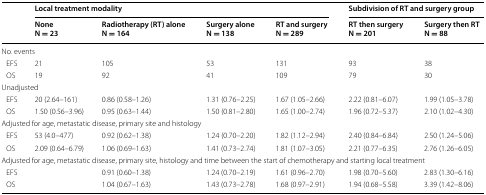
<table><thead><tr><td rowspan="2"></td><td colspan="4"><b>Local treatment modality</b></td><td colspan="2"><b>Subdivision of RT and surgery group</b></td></tr><tr><td><b>NoneN = 23</b></td><td><b>Radiotherapy (RT) aloneN = 164</b></td><td><b>Surgery aloneN = 138</b></td><td><b>RT and surgeryN = 289</b></td><td><b>RT then surgeryN = 201</b></td><td><b>Surgery then RTN = 88</b></td></tr></thead><tbody><tr><td colspan="7">No. events</td></tr><tr><td> EFS</td><td>21</td><td>105</td><td>53</td><td>131</td><td>93</td><td>38</td></tr><tr><td> OS</td><td>19</td><td>92</td><td>41</td><td>109</td><td>79</td><td>30</td></tr><tr><td colspan="7">Unadjusted</td></tr><tr><td> EFS</td><td>20 (2.64–161)</td><td>0.86 (0.58–1.26)</td><td>1.31 (0.76–2.25)</td><td>1.67 (1.05–2.66)</td><td>2.22 (0.81–6.07)</td><td>1.99 (1.05–3.78)</td></tr><tr><td> OS</td><td>1.50 (0.56–3.96)</td><td>0.95 (0.63–1.44)</td><td>1.50 (0.81–2.80)</td><td>1.65 (1.00–2.74)</td><td>1.96 (0.72–5.37)</td><td>2.10 (1.02–4.30)</td></tr><tr><td colspan="7">Adjusted for age, metastatic disease, primary site and histology</td></tr><tr><td> EFS</td><td>53 (4.0–477)</td><td>0.92 (0.62–1.38)</td><td>1.24 (0.70–2.20)</td><td>1.82 (1.12–2.94)</td><td>2.40 (0.84–6.84)</td><td>2.50 (1.24–5.06)</td></tr><tr><td> OS</td><td>2.09 (0.64–6.79)</td><td>1.06 (0.69–1.63)</td><td>1.41 (0.73–2.74)</td><td>1.81 (1.07–3.05)</td><td>2.21 (0.77–6.35)</td><td>2.76 (1.26–6.05)</td></tr><tr><td colspan="7">Adjusted for age, metastatic disease, primary site, histology and time between the start of chemotherapy and starting local treatment</td></tr><tr><td> EFS</td><td></td><td>0.91 (0.60–1.38)</td><td>1.24 (0.70–2.19)</td><td>1.61 (0.96–2.70)</td><td>1.98 (0.70–5.60)</td><td>2.83 (1.30–6.16)</td></tr><tr><td> OS</td><td></td><td>1.04 (0.67–1.63)</td><td>1.43 (0.73–2.78)</td><td>1.68 (0.97–2.91)</td><td>1.94 (0.68–5.58)</td><td>3.39 (1.42–8.06)</td></tr></tbody></table>